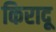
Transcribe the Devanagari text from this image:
किरादू